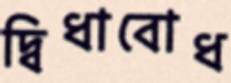
দ্বিধাবোধ